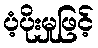
ပံ့ပိုးမှုဖြင့်